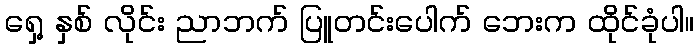
ရှေ့ နှစ် လိုင်း ညာဘက် ပြူတင်းပေါက် ဘေးက ထိုင်ခုံပါ။